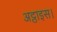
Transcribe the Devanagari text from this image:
अट्ठाइस।